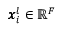
\pmb { x } _ { i } ^ { l } \in \mathbb { R } ^ { F }